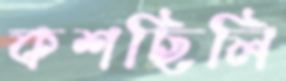
কশছিলি